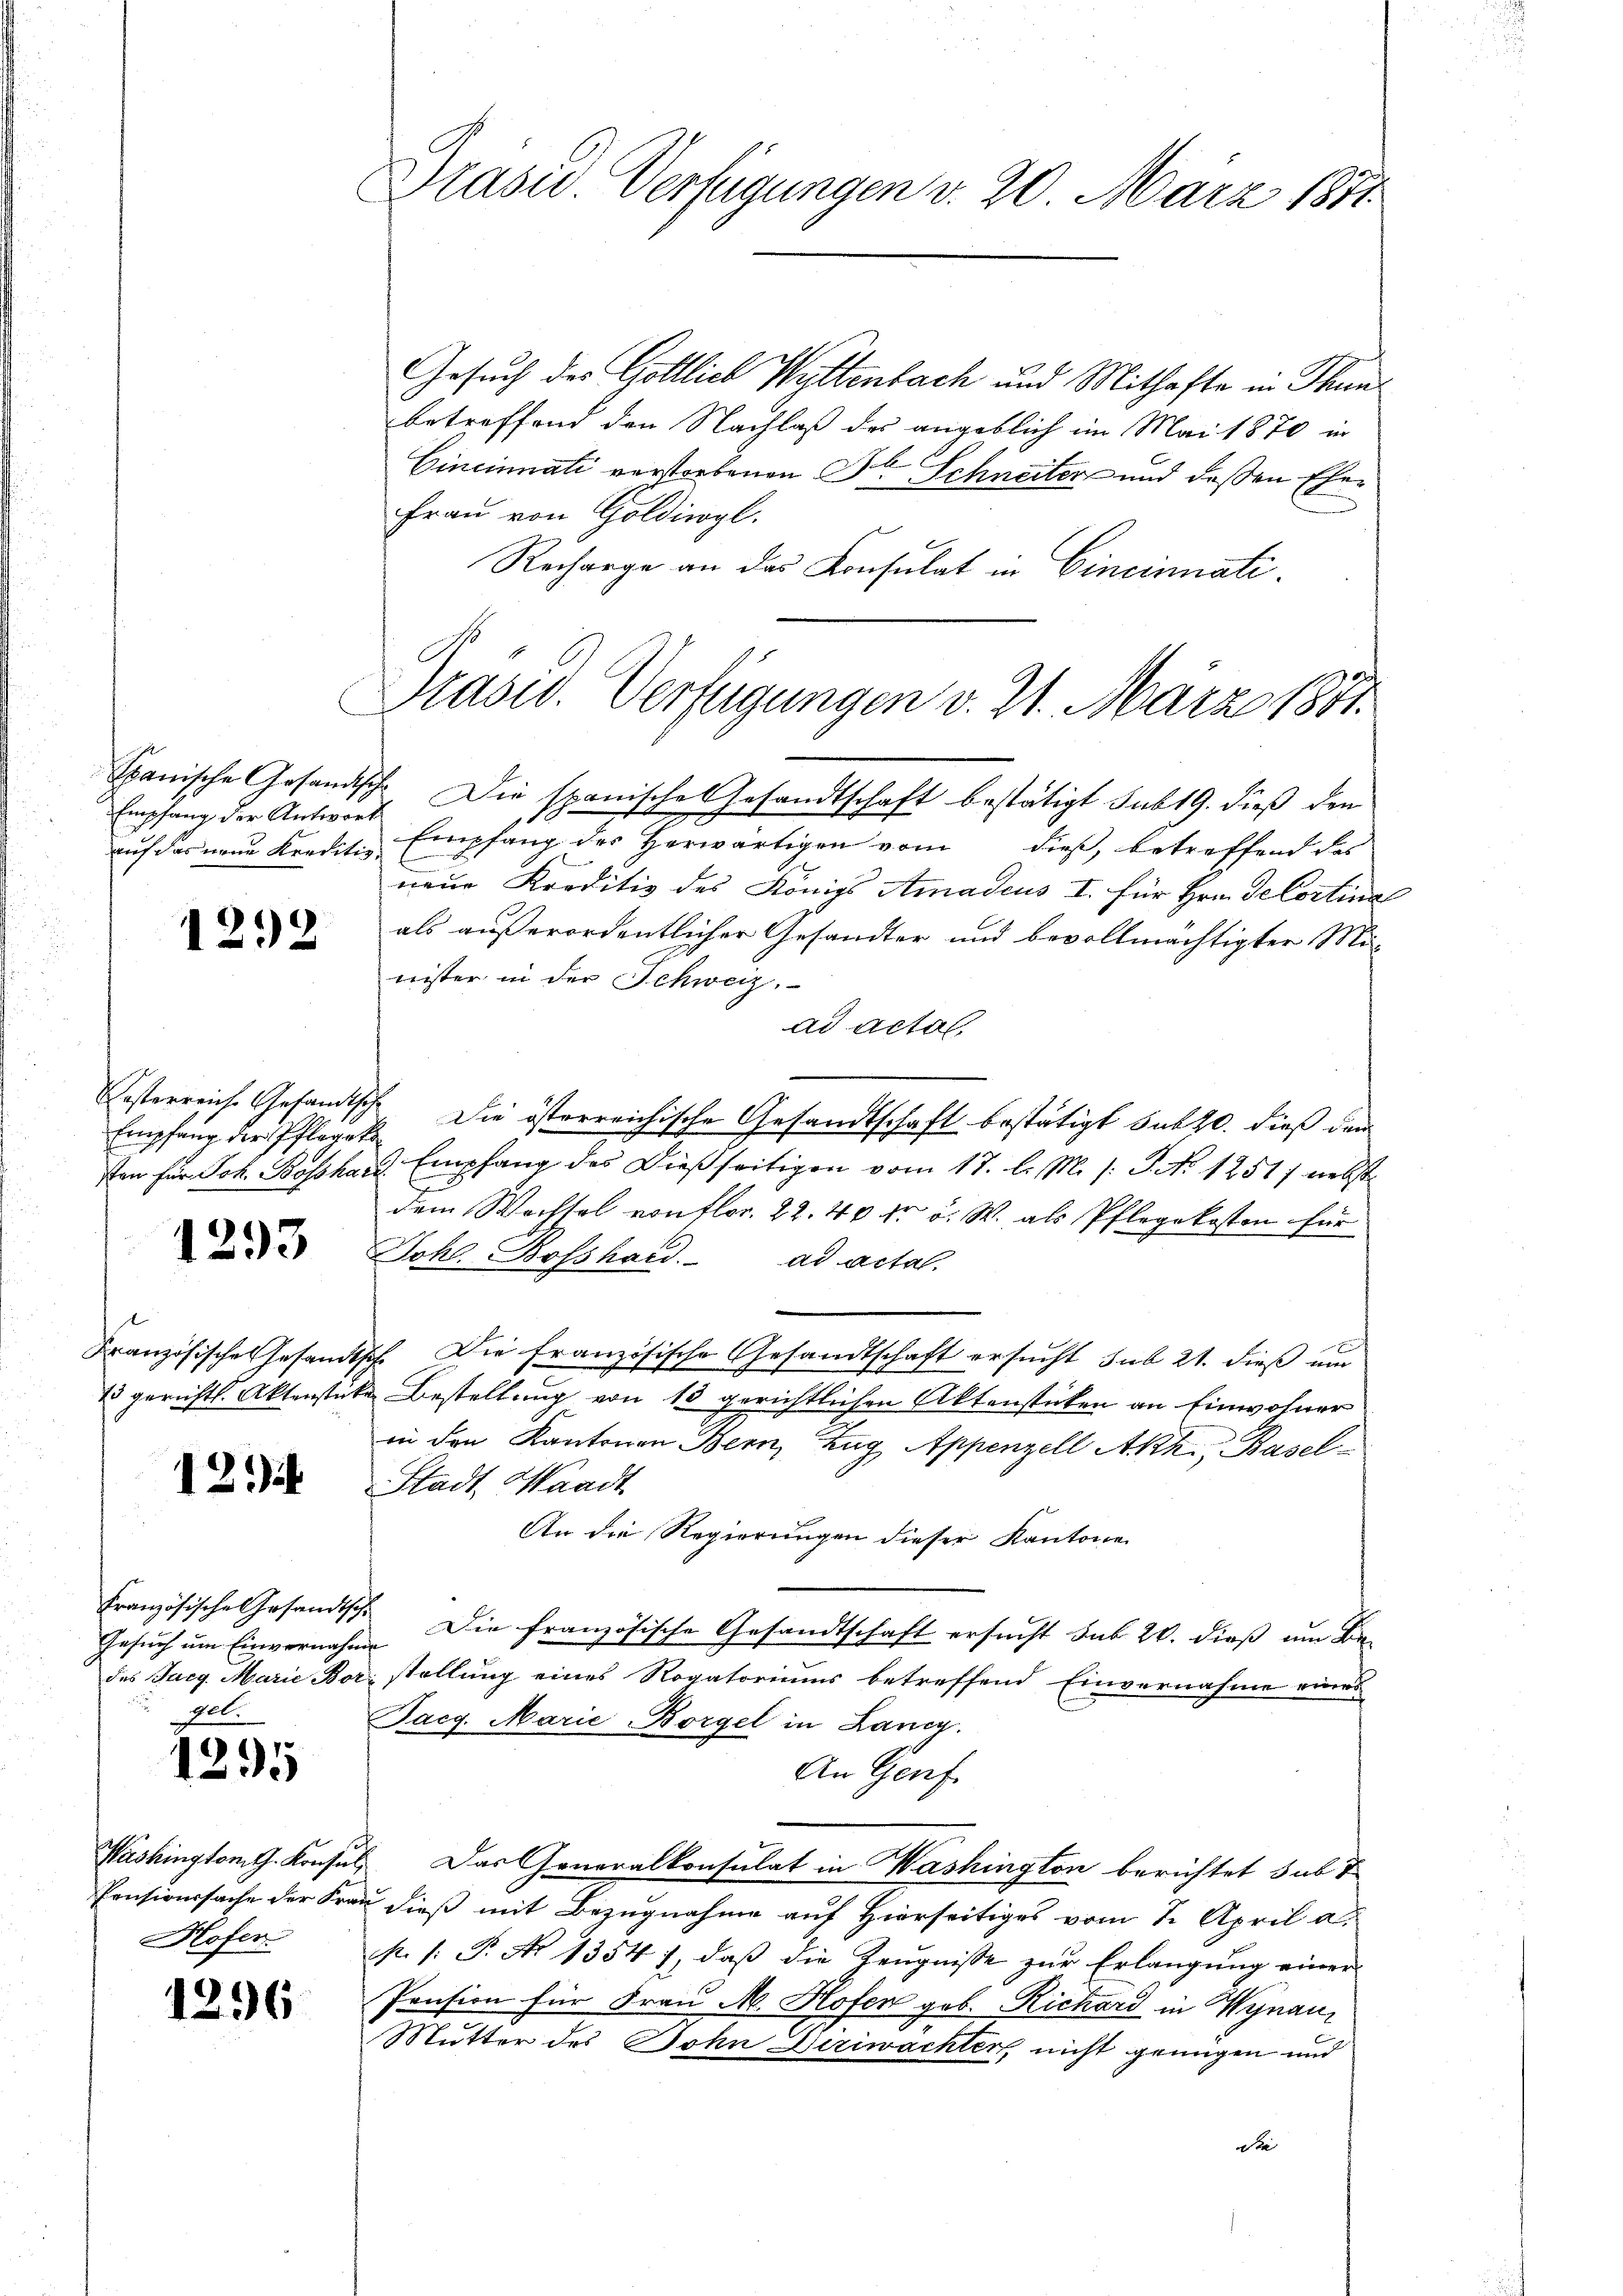
Spanische Gesandt
Empfang der Antwort
auf das neue Krediti

1292

Empfang der Pflegek

1293

121)

Französische Gesandts
Gesuch um Einvernahm
des Jueg. Marie Bor
pol.

1295

Washington G. Konsul
Pensionssache der Frai
Hofen

296

Präsid. Verfügungen v. 20. März 1891

Gesuch des Gottlich Wyttenbach und Mithafte in Thun
betreffend den Nachlaß des angeblich im Mai 1870 in
Cincinati verstorbenen Dr. Schneiter und deßen Ehe¬
Frau von Goldiwogl.
Recharge an das Konsulat in Cincinati¬

Präsid. Verfügungen v. 21. März 1851.

Ich. Die spanische Gesandtschaft bestätigt sub 19. dieß den
Empfang des Herwärtigen vom dieß, betreffend des
neue Kreditiv des Königs Amadeus I. für Hrn. De Cortinal
als außerordentlicher Gesandter und bevollmächtigter Minister in der Schweiz.
ad actas.
esterreiche Gesandtsch. Die österreichische Gesandtschaft bestätigt sub 20. dieß den
sten für Joh. Boßhard Empfang des Dießseitigen vom 17. l. M. (: P. No 1251) nebst
dem Wechsel von flor. 22. 40 kr v. W. als Pflegekosten für
Johl. Bosshard ad acta.
.
Französischen Gesandtsch. Die französische Gesandtschaft ersucht sub 21. dieß um
23 gerichtl. Aktenstücke Bestellung von 13 gerichtlichen Aktenstücken an Einwohner
in den Kantonen Bern, Zug Appenzell Akh., Basel
Stadt Waadt
An die Regierungen dieser Kantone
 Die französische Gesandtschaft ersucht sub 20. dieß um Be-
 stellung eines Rogatoriums betreffend Einvernahme eines
Tacg. Marie-Borgel in Langg.
An Genf.
 Das Generalkonsulat in Washington berichtet sub 7
u dieß mit Bezugnahme auf Hierseitiges vom 1. April a.
K. /: P. No 1354), daß die Zeugnisse zur Erlangung einer
Pension für Frau M. Hofen geb. Richard in Wynau
Mutter des Sohn Diriwachter, nicht genügen und
Ste